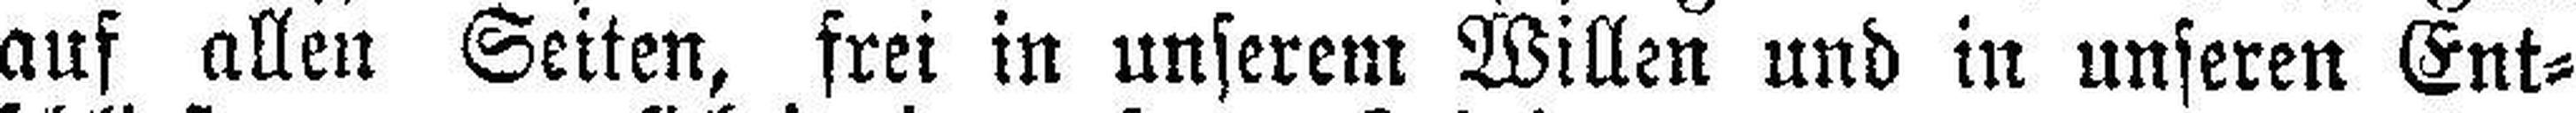
auf allen Seiten, frei in unserem Willen und in unseren Ent¬